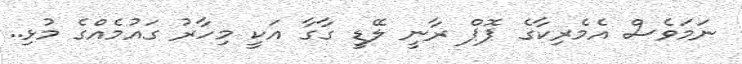
ނަމަވެސް އެމެރިކާގެ ޕޮޕް ރާނީ ލޭޑީ ގާގާ އަކީ މިހާރު ގައުމެއްގެ މުޅި..